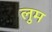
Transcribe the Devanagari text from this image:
लुम